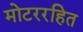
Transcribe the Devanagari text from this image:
मोटररहित